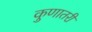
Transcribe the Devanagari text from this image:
कुणातरी